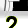
Digit: 2